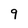
Character: 9